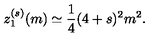
z _ { 1 } ^ { ( s ) } ( m ) \simeq { \frac { 1 } { 4 } } ( 4 + s ) ^ { 2 } m ^ { 2 } .